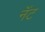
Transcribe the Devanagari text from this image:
नॅट